Scottish Leaving Certificate Examination, 1959
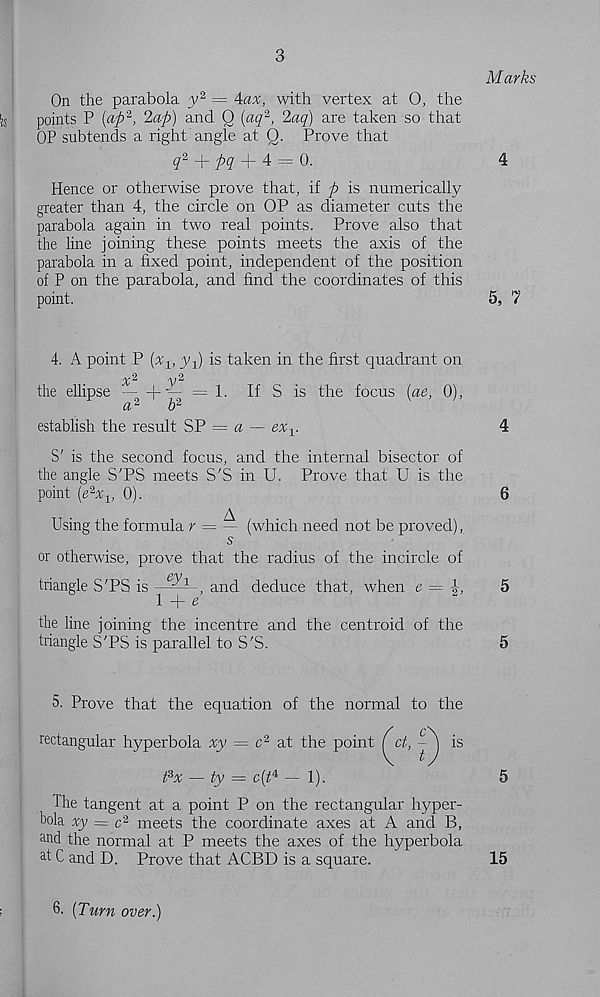
3
Marks
On the parabola y"* = Aax, with vertex at O, the
points P {ap*, ‘lap) and Q (aq 2 , laq) are taken so that
OP subtends a right angle at 0. Prove that
S' 2 + ^ + 4 = 0.
4
Hence or otherwise prove that, if p is numerically
greater than 4, the circle on OP as diameter cuts the
parabola again in two real points. Prove also that
the line joining these points meets the axis of the
parabola in a fixed point, independent of the position
of P on the parabola, and find the coordinates of this
point.
5, 7
4. A point P (%, yP is taken in the first quadrant on
the ellipse —]- — = 1. If S is the focus (ae, 0),
a 2
b 2
establish the result SP = a ■— ex v
4
S' is the second focus, and the internal bisector of
the angle S'PS meets S'S in U. Prove that U is the
point (e 2 %, 0).
6
Using the formula r = ~ (which need not be proved),
s
or otherwise, prove that the radius of the incircle of
triangle STS is -- , and deduce that, when e —
5
1 + e
the line joining the incentre and the centroid of the
triangle S'PS is parallel to S'S.
5
5. Prove that the equation of the normal to the
rectangular hyperbola xy — c % at the point
fix — ty — c{fi — 1).
is
The tangent at a point P on the rectangular hyper-
bola xy = c 2 meets the coordinate axes at A and B,
a nd the normal at P meets the axes of the hyperbola
af C and D. Prove that ACBD is a square.
5
15
6. [Turn over.)